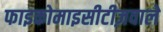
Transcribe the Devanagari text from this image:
फाइकोमाइसीटीज़वाले